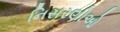
નિસરણીઓ